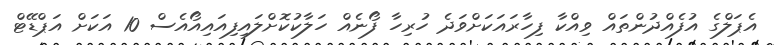
އެޕަލްގެ އުފެއްދުންތައް ވިއްކާ ފިހާރައަކަށްވަދެ ހުރިހާ ފޯނެއް ހަލާކުކޮށްލައިފިއައިއޯއެސް 10 އަކަށް އަޕްޑޭޓް